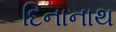
દિનાનાથ